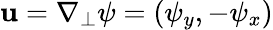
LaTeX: \mathbf{u}=\nabla_{\perp}\psi=(\psi_{y},-\psi_{x})